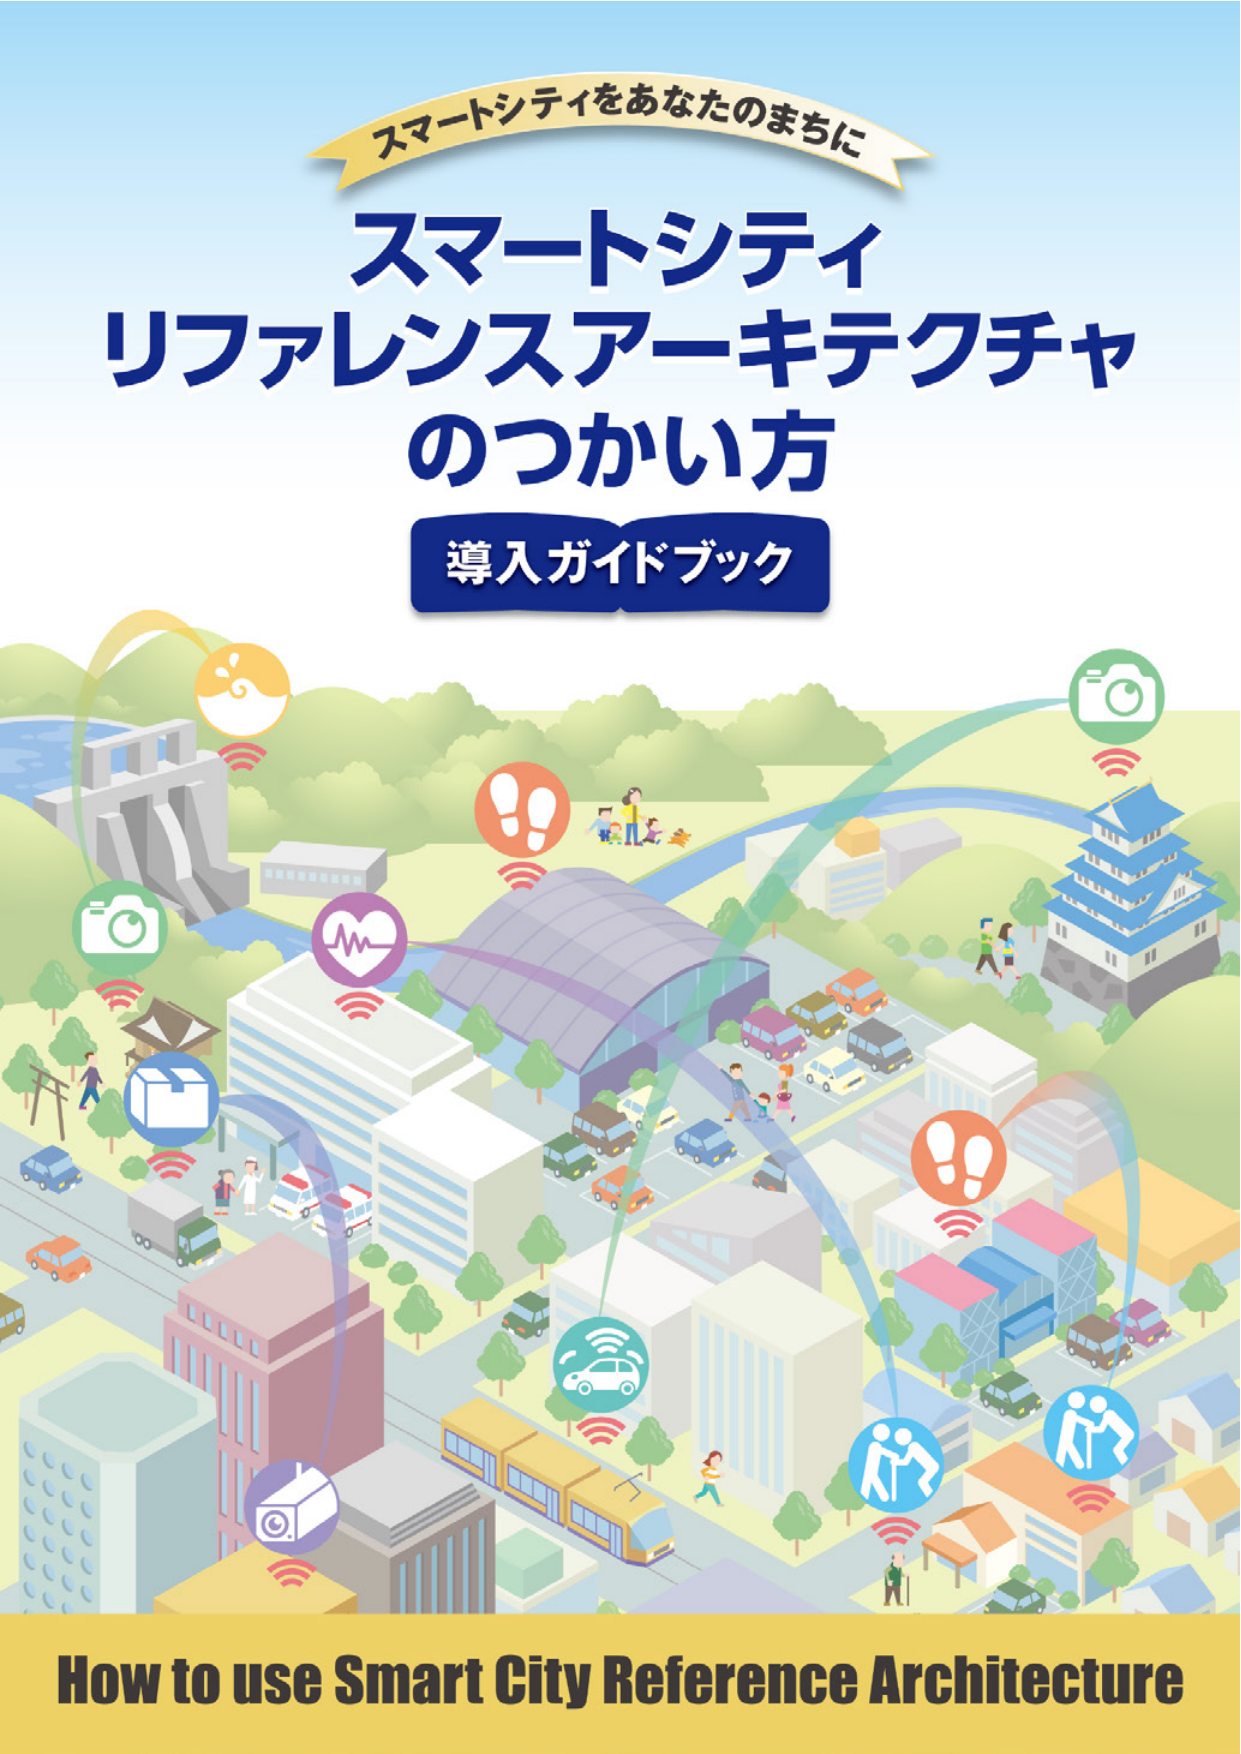
スマートシティをあなたのまちに
スマートシティ
リファレンスアーキテクチャ
のつかい方
導入ガイドブック
How to use Smart City Reference Architecture